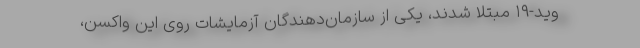
وید-۱۹ مبتلا شدند، یکی از سازمان‌دهندگان آزمایشات روی این واکسن،